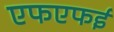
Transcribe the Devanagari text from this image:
एफएफई